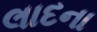
લાદના